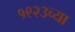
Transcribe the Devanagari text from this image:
१९२३च्या